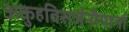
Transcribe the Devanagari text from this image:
अकुहविसर्जनीयानां